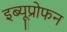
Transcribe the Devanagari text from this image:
इब्यूप्रोफन